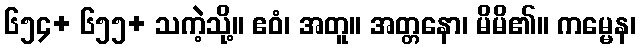
၆၅၄+ ၆၅၅+ သကဲ့သို့။ ဧဝံ၊ အတူ။ အတ္တနော၊ မိမိ၏။ ကမ္မေန၊